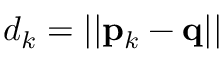
d _ { k } = | | { \bf p } _ { k } - { \bf q } | |